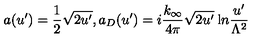
a ( u ^ { \prime } ) = \frac { 1 } { 2 } \sqrt { 2 u ^ { \prime } } , a _ { D } ( u ^ { \prime } ) = i \frac { k _ { \infty } } { 4 \pi } \sqrt { 2 u ^ { \prime } } \: { \mathrm { l } n } \frac { u ^ { \prime } } { \Lambda ^ { 2 } }